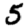
Digit: 5